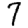
Digit: 7